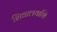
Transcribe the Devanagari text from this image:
शिवालयाशि